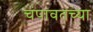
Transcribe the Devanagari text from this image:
चंपावतच्या